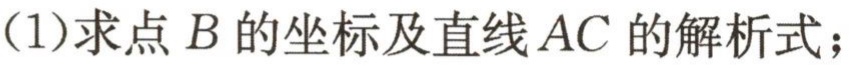
(1)求点 \(B\) 的坐标及直线 \(AC\) 的解析式；